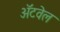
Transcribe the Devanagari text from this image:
अॅटवेल